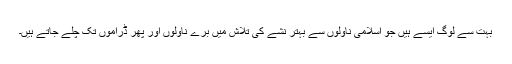
بہت سے لوگ ایسے ہیں جو اسلامی ناولوں سے بہتر نشے کی تلاش میں برے ناولوں اور پھر ڈراموں تک چلے جاتے ہیں۔